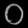
Digit: ၀